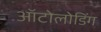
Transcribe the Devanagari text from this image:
ऑटोलोडिंग